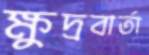
ক্ষুদ্রবার্তা